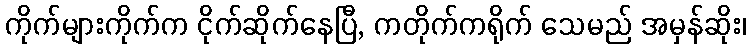
ကိုက်များကိုက်က ငိုက်ဆိုက်နေပြီ, ကတိုက်ကရိုက် သေမည် အမှန်ဆိုး၊